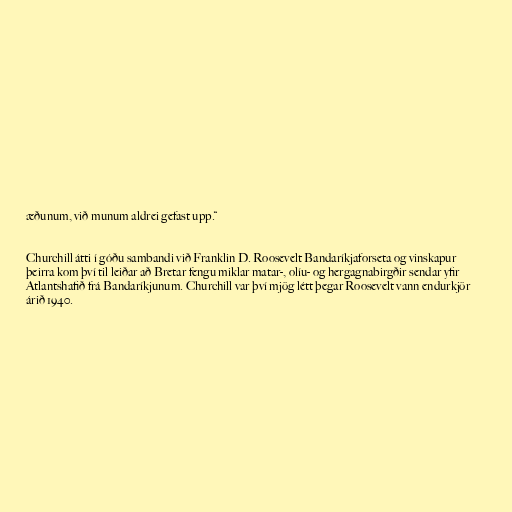
æðunum, við munum aldrei gefast upp.“

Churchill átti í góðu sambandi við Franklin D. Roosevelt Bandaríkjaforseta og vinskapur
þeirra kom því til leiðar að Bretar fengu miklar matar-, olíu- og hergagnabirgðir sendar yfir
Atlantshafið frá Bandaríkjunum. Churchill var því mjög létt þegar Roosevelt vann endurkjör
árið 1940.